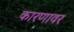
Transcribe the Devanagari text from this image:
कारणावर